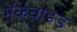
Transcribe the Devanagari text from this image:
मॅकब्राइड